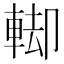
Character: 𨌞